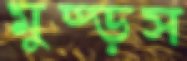
মুষ্‌ড়স